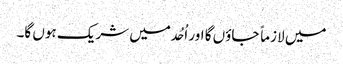
میں لازماً جاؤں گا اور اُحُد میں شریک ہوں گا۔